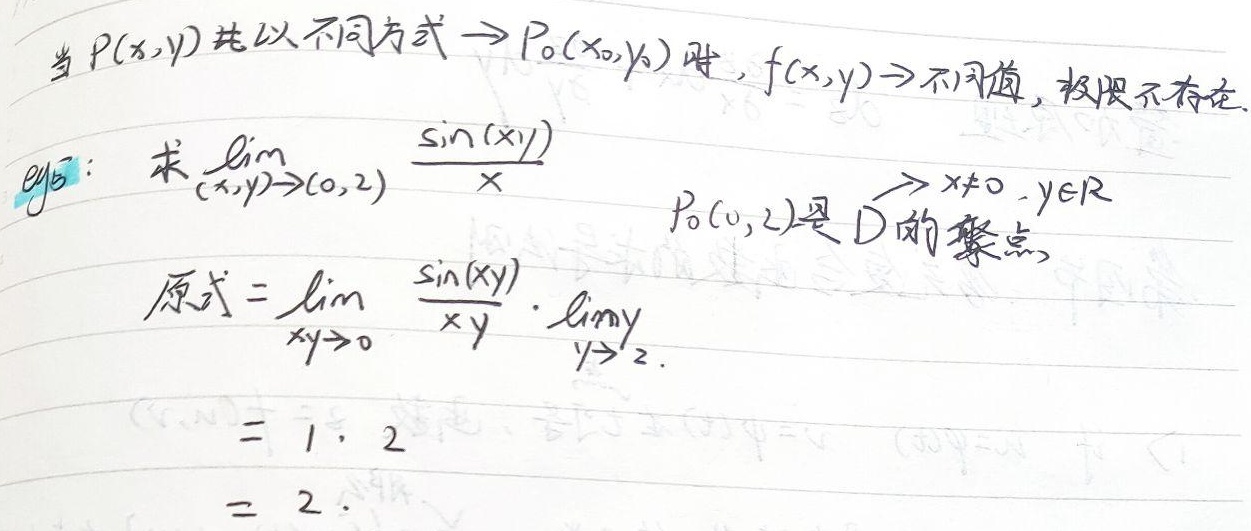
当 \(P(x,y)\) 以不同方式趋近于 \(P_0(x_0,y_0)\) 时，若 \(f(x,y)\) 趋近于不同值，则极限不存在。\(\text{eg}:\) 求 \(\lim_{(x,y)\to(0,2)}\frac{\sin(xy)}{x}\)。

因为 \(P_0(0,2)\) 是 \(D\) 的聚点，且 \(x\neq0,y\in R\)，原式 \(=\lim_{xy\to0}\frac{\sin(xy)}{xy}\cdot\lim_{y\to2}y\)
\(=1\cdot2\)
\(=2\)